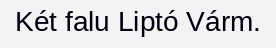
Két falu Liptó Várm.